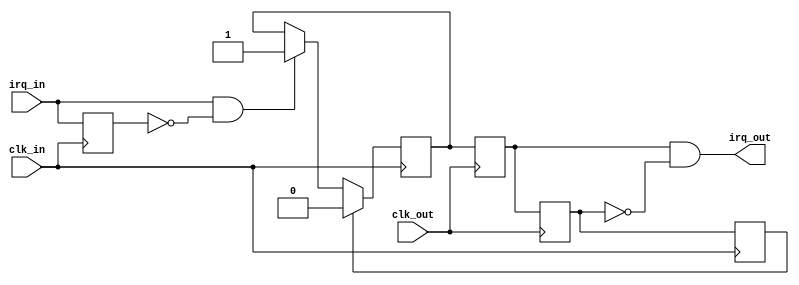
//
// Forward edge-triggered interrupt requests from one clock domain to another.
// A rising edge on the input results in a one cycle pulse on the output.
// Rising edges arriving while a previous
// edge is being processed will be ignored.
//
module irq_forward(clk_in, irq_in, clk_out, irq_out);

input  clk_in;
input  irq_in;
input  clk_out;
output irq_out;
 
// clk_in domain
reg irq_d_in = 0;
reg irq_req_in = 0;
reg ack_in = 0;

// clk_out domain
reg irq_req_out = 0;
reg  irq_req_d_out = 0;
wire irq_out;

always @(posedge clk_in)
begin
    irq_d_in <= irq_in;
    if (ack_in)
        irq_req_in <= 0;
    else if (irq_in && !irq_d_in)
        irq_req_in <= 1;
    ack_in <= irq_req_d_out;
end
        
always @(posedge clk_out)
begin
    irq_req_out <= irq_req_in;
    irq_req_d_out <= irq_req_out;
end

assign irq_out = irq_req_out && !irq_req_d_out;

endmodule